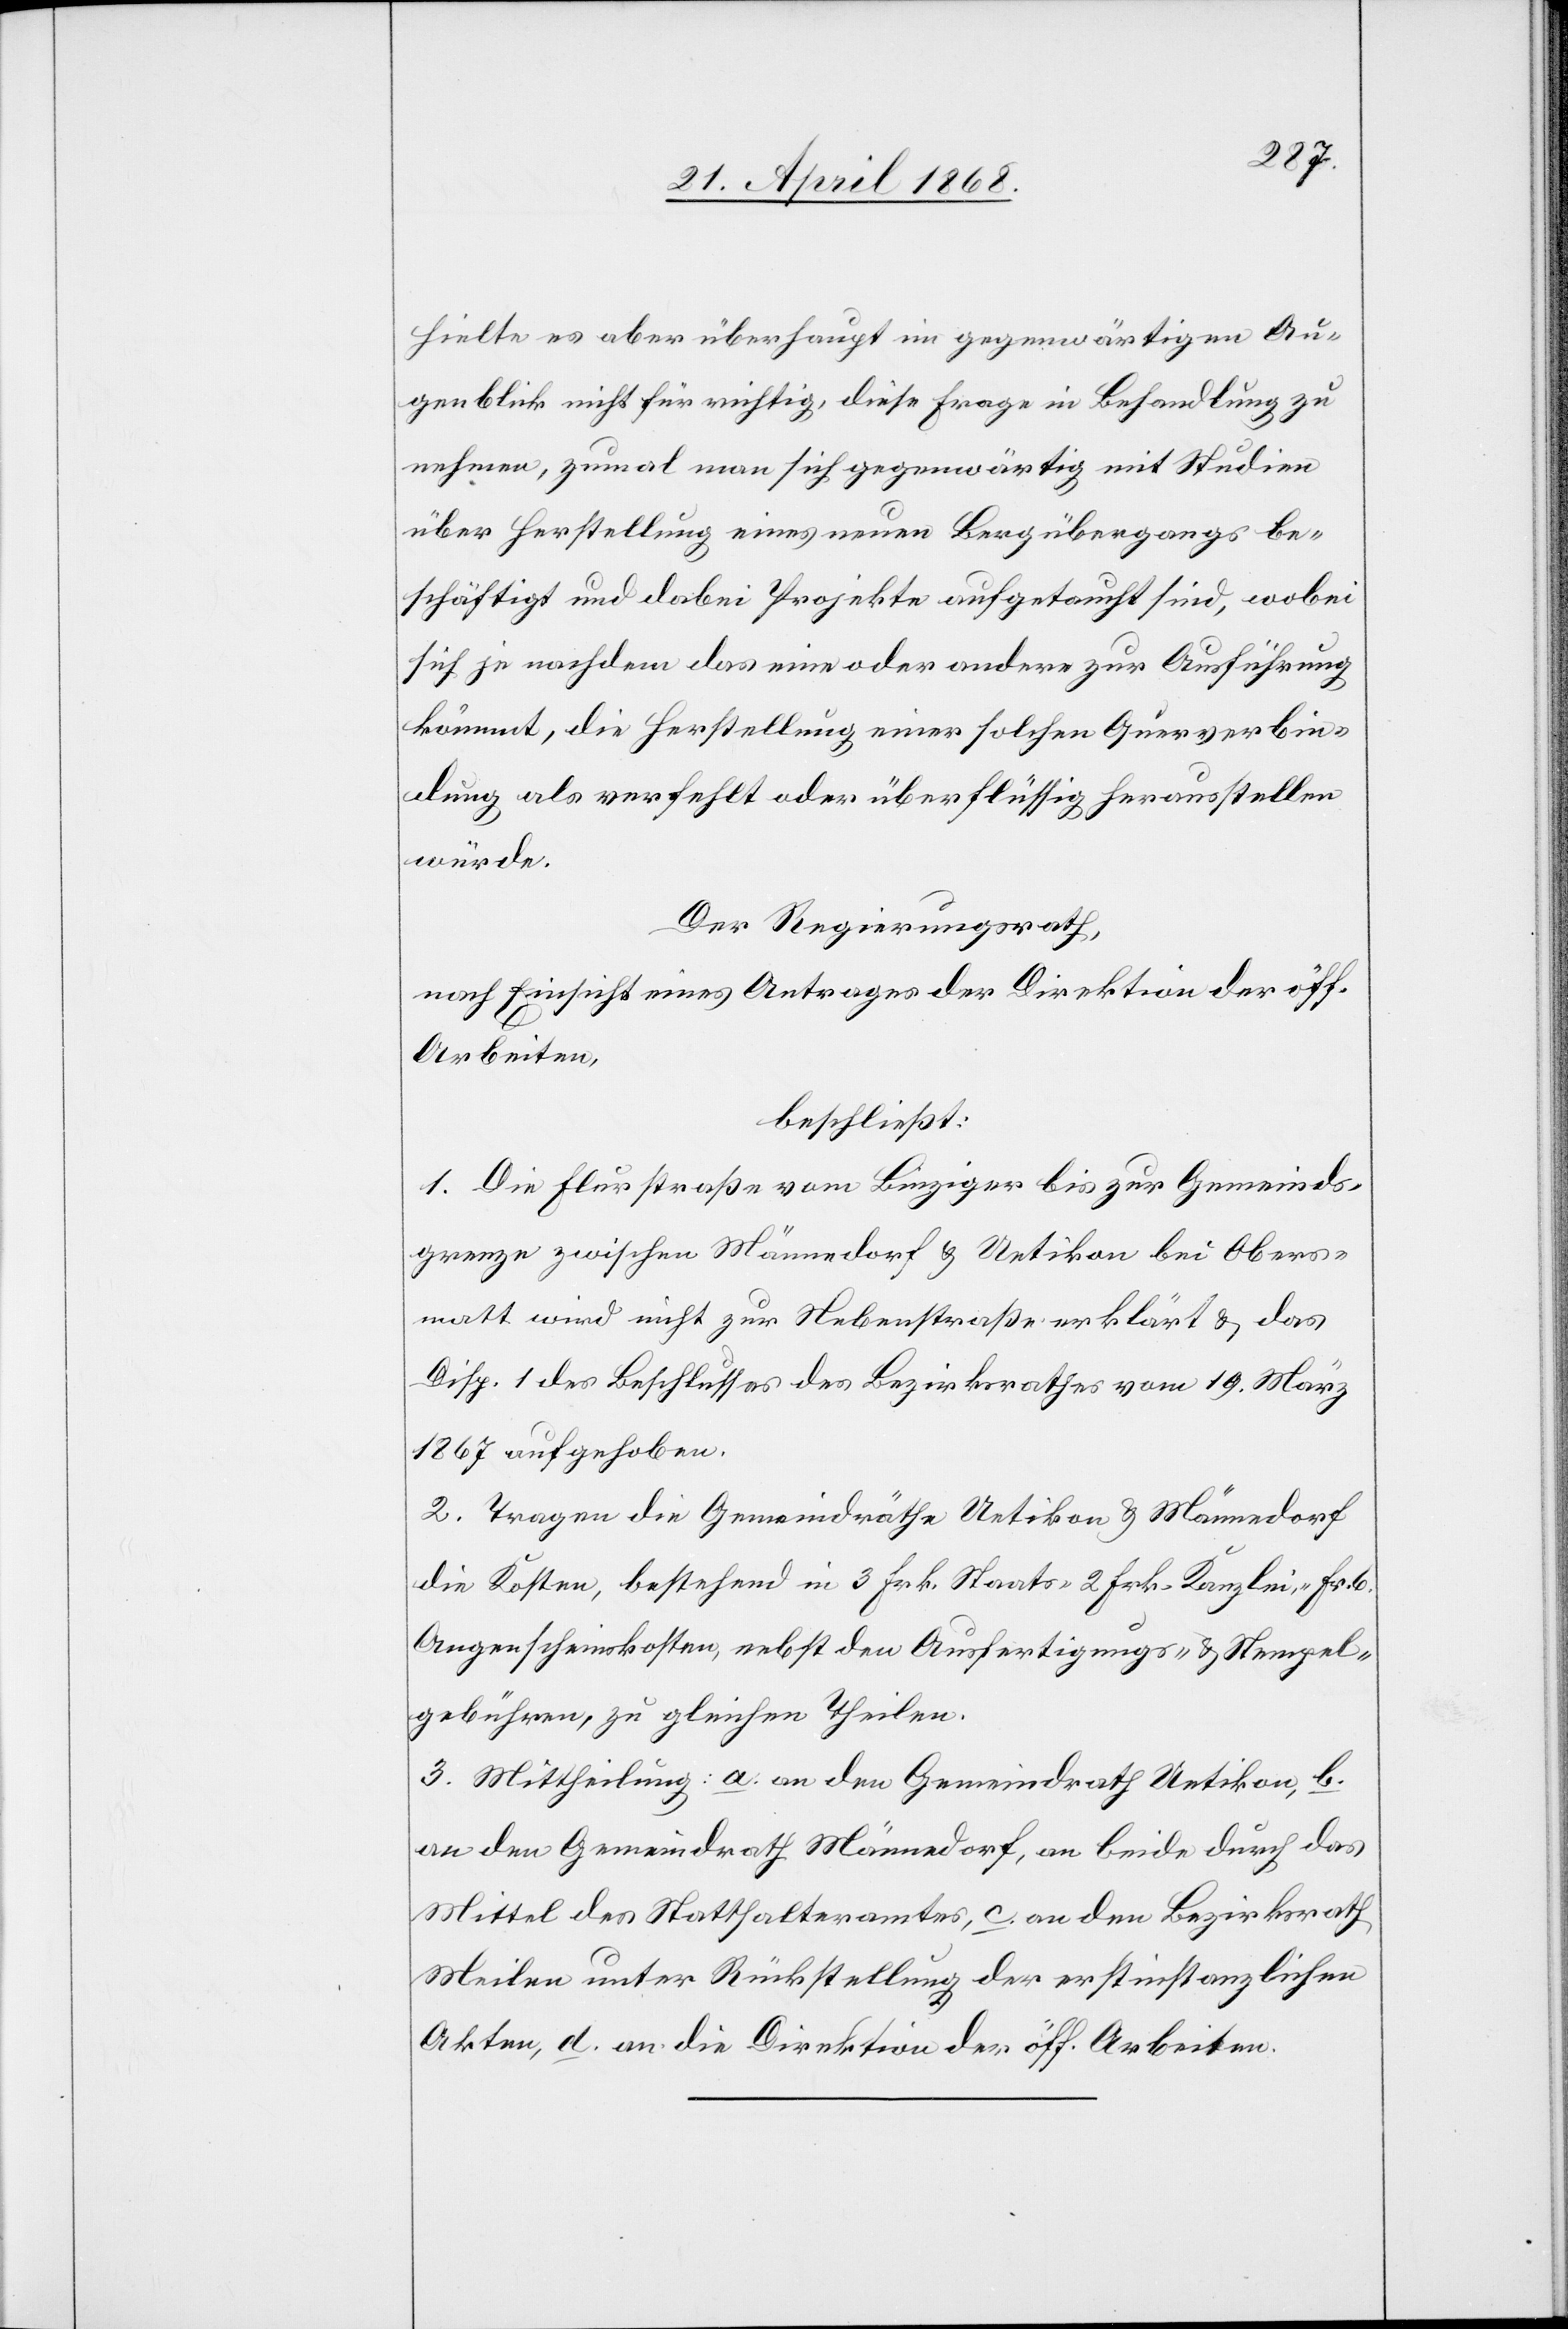
hielte es aber überhaupt im gegenwärtigen Au¬
genblick nicht für richtig, diese Frage in Behandlung zu
nehmen, zumal man sich gegenwärtig mit Studien
über Herstellung eines neuen Bergübergangs be¬
schäftigt und dabei Projekte aufgetaucht sind, wobei
sich je nachdem das eine oder andere zur Ausführung
kömmt, die Herstellung einer solchen Querverbin¬
dung als verfehlt oder überflüssig herausstellen
würde.
Der Regierungsrath,
nach Einsicht eines Antrages der Direktion der öff.
Arbeiten,
beschließt:
1. Die Flurstraße vom Binziger bis zur Gemeinds¬
grenze zwischen Männedorf & Uetikon bei Obers¬
matt wird nicht zur Nebenstraße erklärt & das
Disp. 1 des Beschlusses des Bezirksrathes vom 19. März
1867 aufgehoben.
2. Tragen die Gemeindräthe Uetikon & Männedorf
die Kosten, bestehend in 3 Frk. Staats-[,] 2 Frk. Kanzlei-, Fr. 6
Augenscheinskosten, nebst den Ausfertigungs- & Stempel¬
gebühren, zu gleichen Theilen.
3. Mittheilung: a. an den Gemeindrath Uetikon, b.
an den Gemeindrath Männedorf, an beide durch das
Mittel des Statthalteramtes, c. an den Bezirksrath
Meilen unter Rückstellung der erstinstanzlichen
Akten, d. an die Direktion der öff. Arbeiten.